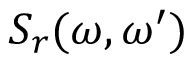
S _ { r } ( \omega , \omega ^ { \prime } )